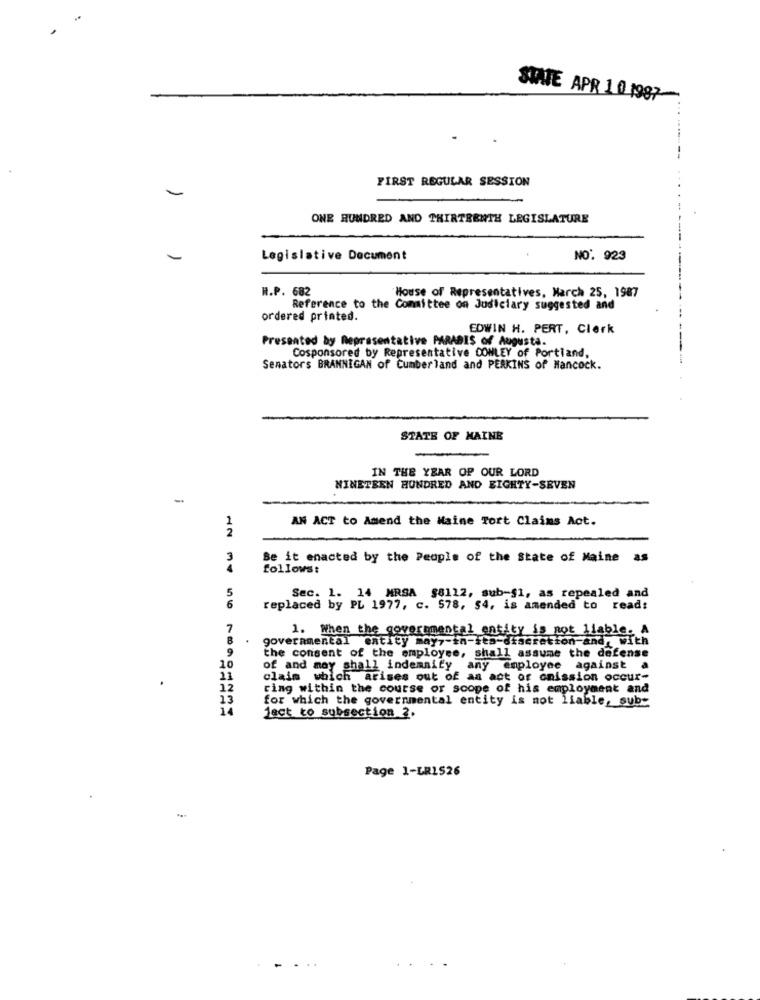
STATE APR 1 0 1987
FIRST REGULAR SESSION
-
ONE HUNDRED AND THIRTEENTH LEGISLATURE
-
Legislative Document
NO. 923
H.P. 682
House of Representatives, March 25, 1987
Reference to the Committee on Judiciary suggested and
ordered printed.
EDWIN H. PERT, Clerk
Presented by Representative PARADIS of Augusta.
Cosponsored by Representative CONLEY of Portland,
Senators BRANNIGAN of Cumber land and PERKINS of Hancock.
STATE OF MAINE
IN THE YEAR OP OUR LORD
NINETEEN HUNDRED AND EIGHTY-SEVEN
-
1
AN ACT to Amend the Maine Tort Claims Act.
2
3
Be it enacted by the People of the State of Maine as
follows:
Sec. 1. 14 MRSA $8112, sub-§1, as repealed and
5
6
replaced by PL 1977, c. 578, $4, is amended to read:
7
1. When the governmental entity is not liable. A
8
.
governmental entity may7-tn-ita-discretion-and, with
9
the consent of the employee, shall assume the defense
10
of and may shall indemnity any employee against a
11
claim which arises out of an act or omission occur-
12
ring within the course or scope of his employment and
13
for which the governmental entity is not liable, sub-
ject to subsection 2.
Page 1-LR1526